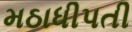
મઠાધીપતી